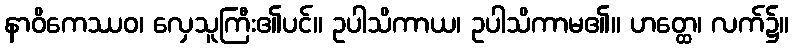
နာဝိကေဿဝ၊ လှေသူကြီး၏ပင်။ ဥပါသိကာယ၊ ဥပါသိကာမ၏။ ဟတ္ထေ၊ လက်၌။